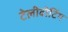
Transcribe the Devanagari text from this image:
टेलीवोटिंग